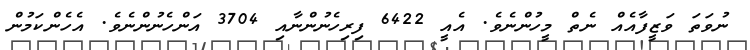
ނުވަތަ ވަޒީފާއެއް ނެތް މީހުންނެވެ. އެއީ 6422 ފިރިހެނުންނާއި 3704 އަންހެނުންނެވެ. އެހެންކަމުން